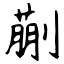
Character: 蒯